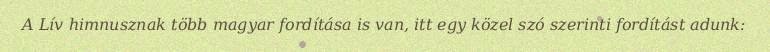
A Lív himnusznak több magyar fordítása is van, itt egy közel szó szerinti fordítást adunk: